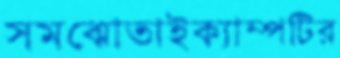
সমঝোতাইক্যাম্পটির